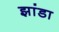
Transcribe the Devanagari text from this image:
झांडा